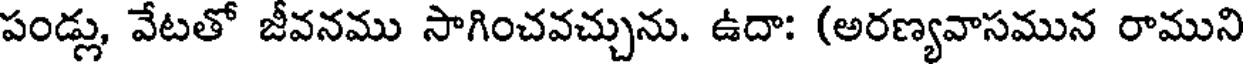
పండ్లు, వేటతో జీవనము సాగించవచ్చును. ఉదా: (అరణ్యవాసమున రాముని